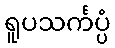
ရူပသင်္ကပ္ပံ